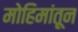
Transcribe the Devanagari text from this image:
मोहिमांतून